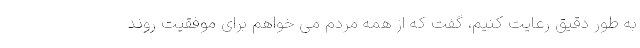
به طور دقیق رعایت کنیم، گفت که از همه مردم می خواهم برای موفقیت روند